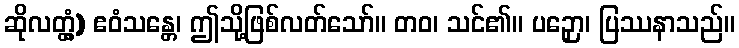
ဆိုလတ္တံ့) ဧဝံသန္တေ၊ ဤသို့ဖြစ်လတ်သော်။ တဝ၊ သင်၏။ ပဉှော၊ ပြဿနာသည်။